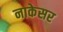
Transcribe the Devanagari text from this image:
नाकेसर